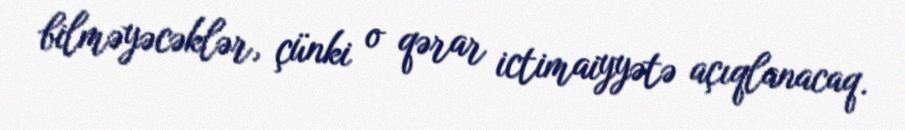
bilməyəcəklər, çünki o qərar ictimaiyyətə açıqlanacaq.